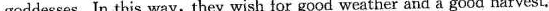
goddesses, In this way,they wish for good weather and a good harvest.